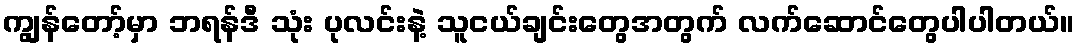
ကျွန်တော့်မှာ ဘရန်ဒီ သုံး ပုလင်းနဲ့ သူငယ်ချင်းတွေအတွက် လက်ဆောင်တွေပါပါတယ်။